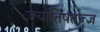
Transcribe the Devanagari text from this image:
ज्योतिषतज्ज्ञ